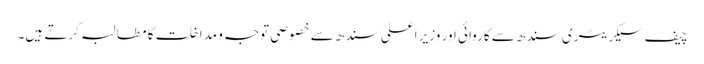
چیف سیکریٹری سندھ سے کاروائی اور وزیر اعلی سندھ سے خصوصی توجہ و مداخلت کا مطالبہ کرتے ہیں۔